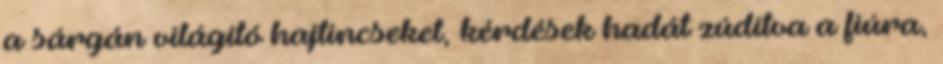
a sárgán világító hajtincseket, kérdések hadát zúdítva a fiúra,